Indian journal of veterinary science and animal husbandry - Volume 10,
Year: 1940
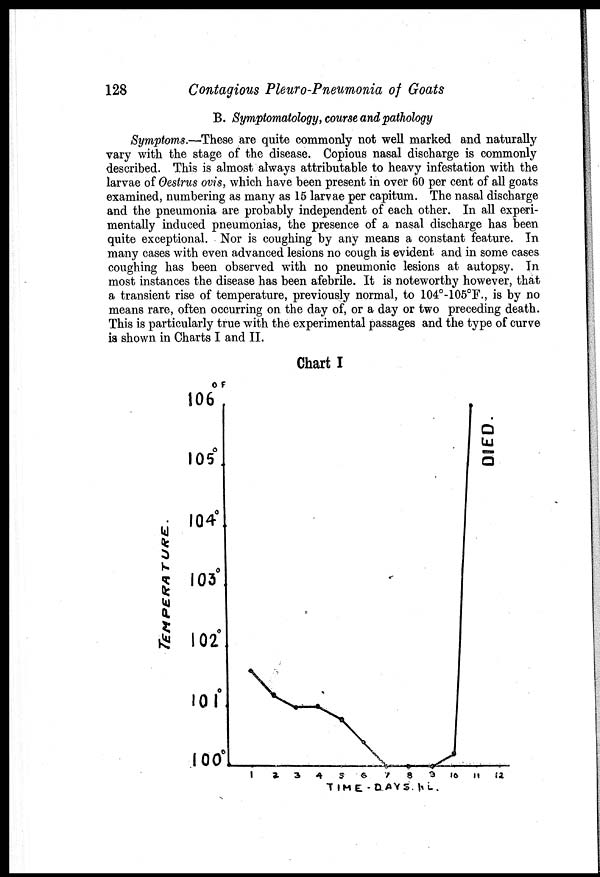
128
Contagious Pleuro-Pneumonia of Goats
B. Symptomatology, course and pathology
Symptoms.—These are quite commonly not well marked and naturally
vary with the stage of the disease. Copious nasal discharge is commonly
described. This is almost always attributable to heavy infestation with the
larvae of Oestrus ovis, which have been present in over 60 per cent of all goats
examined, numbering as many as 15 larvae per capitum. The nasal discharge
and the pneumonia are probably independent of each other. In all experi-
mentally induced pneumonias, the presence of a nasal discharge has been
quite exceptional. Nor is coughing by any means a constant feature. In
many cases with even advanced lesions no cough is evident and in some cases
coughing has been observed with no pneumonic lesions at autopsy. In
most instances the disease has been afebrile. It is noteworthy however, that
a transient rise of temperature, previously normal, to 104°-105°F., is by no
means rare, often occurring on the day of, or a day or two preceding death.
This is particularly true with the experimental passages and the type of curve
is shown in Charts I and II.
Chart I